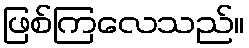
ဖြစ်ကြလေသည်။